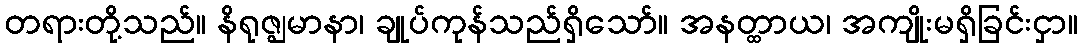
တရားတို့သည်။ နိရုဇ္ဈမာနာ၊ ချုပ်ကုန်သည်ရှိသော်။ အနတ္ထာယ၊ အကျိုးမရှိခြင်းငှာ။